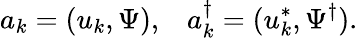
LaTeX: a_{k}=(u_{k},\Psi),\; \; \; a_{k}^{\dagger}=(u_{k}^{*},\Psi^{\dagger}).